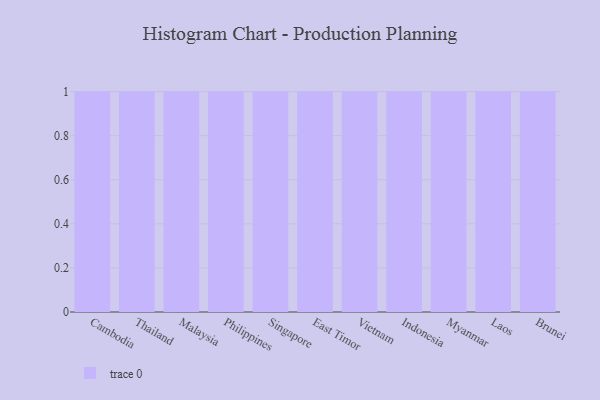
{"axis": {"x": "Country", "y": "Revenue (USD Million)"}, "legend": [""], "data": [{"x": "Cambodia", "y": 85, "type": ""}, {"x": "Thailand", "y": 55, "type": ""}, {"x": "Malaysia", "y": 35, "type": ""}, {"x": "Philippines", "y": 70, "type": ""}, {"x": "Singapore", "y": 83, "type": ""}, {"x": "East Timor", "y": 14, "type": ""}, {"x": "Vietnam", "y": 45, "type": ""}, {"x": "Indonesia", "y": 83, "type": ""}, {"x": "Myanmar", "y": 49, "type": ""}, {"x": "Laos", "y": 57, "type": ""}, {"x": "Brunei", "y": 9, "type": ""}]}